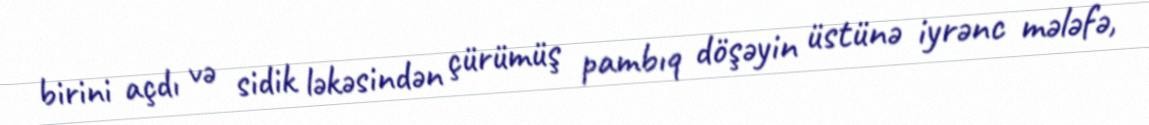
birini açdı və sidik ləkəsindən çürümüş pambıq döşəyin üstünə iyrənc mələfə,